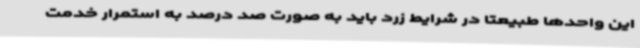
این واحدها طبیعتا در شرایط زرد باید به صورت صد درصد به استمرار خدمت